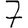
Digit: 7